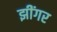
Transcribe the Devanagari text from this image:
झींगर